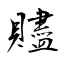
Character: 贐